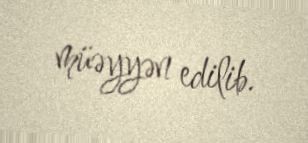
müəyyən edilib.